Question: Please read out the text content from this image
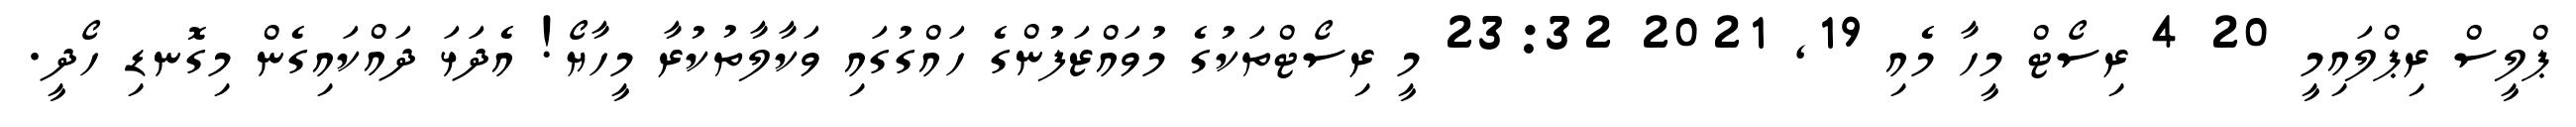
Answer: ޕްލީސް ރިޕްލައިމީ 20 4 ރިސޯޓް މީހާ މެއި 19, 2021 23:32 މީ ރިސޯޓްތަކުގެ މުވައްޒަފުންގެ ހައްގުގައި ވަކާލާތުކުރާ މީހާޔޯ! އެދަޅަ ދައްކައިގެން މިގޮނޑި ހޯދީ.